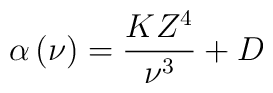
\alpha \left( \nu \right) = \frac{KZ^4}{\nu ^3} + D